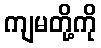
ကျမတို့ကို